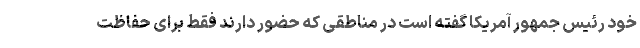
خود رئیس جمهور آمریکا گفته است در مناطقی که حضور دارند فقط برای حفاظت